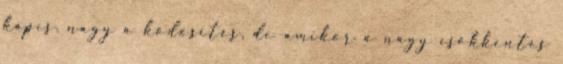
kapcs. nagy a ködösítés, de amikor a nagy csökkentés